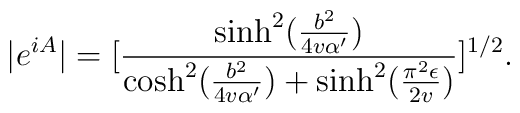
|e^{iA}|=[\frac{\sinh^{2}(\frac{b^2}{4v \alpha '})}{\cosh^{2}(\frac{b^2}{4v \alpha '})+\sinh^{2}(\frac{\pi^2 \epsilon}{2v})}]^{1/2}.